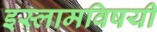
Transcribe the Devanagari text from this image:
इस्लामविषयी